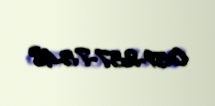
051-237-75-48